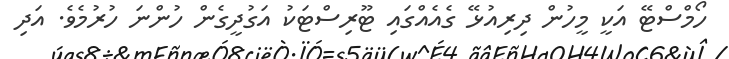
ހޯމްސްޓޭ އަކީ މީހުން ދިރިއުޅޭ ގެއެއްގައި ޓޫރިސްޓަކު އަގުދީގެން ހުންނަ ހުރުމެވެ. އަދި